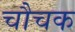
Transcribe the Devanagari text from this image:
चौचक